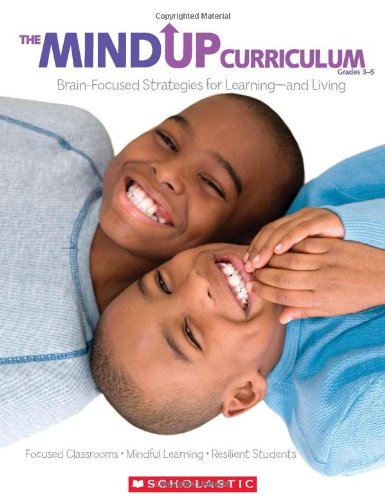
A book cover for The MindUP Curriculum: Grades 3-5: Brain-Focused Strategies for LearningEEand Living; The Hawn Foundation; Education & Teaching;